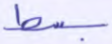
بسط